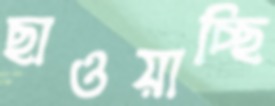
ছাওয়াচ্ছি